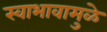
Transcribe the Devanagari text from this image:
स्वाभावामुळे